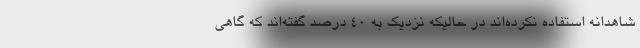
شاهدانه استفاده نکرده‌اند در حالیکه نزدیک به ۴۰ درصد گفته‌اند که گاهی